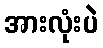
အားလုံးပဲ